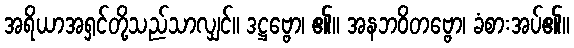
အရိယာအရှင်တို့သည်သာလျှင်။ ဒဋ္ဌဗ္ဗော၊ ၏။ အနဘဝိတဗ္ဗော၊ ခံစားအပ်၏။